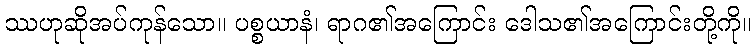
ဿဟုဆိုအပ်ကုန်သော။ ပစ္စယာနံ၊ ရာဂ၏အကြောင်း ဒေါသ၏အကြောင်းတို့ကို။